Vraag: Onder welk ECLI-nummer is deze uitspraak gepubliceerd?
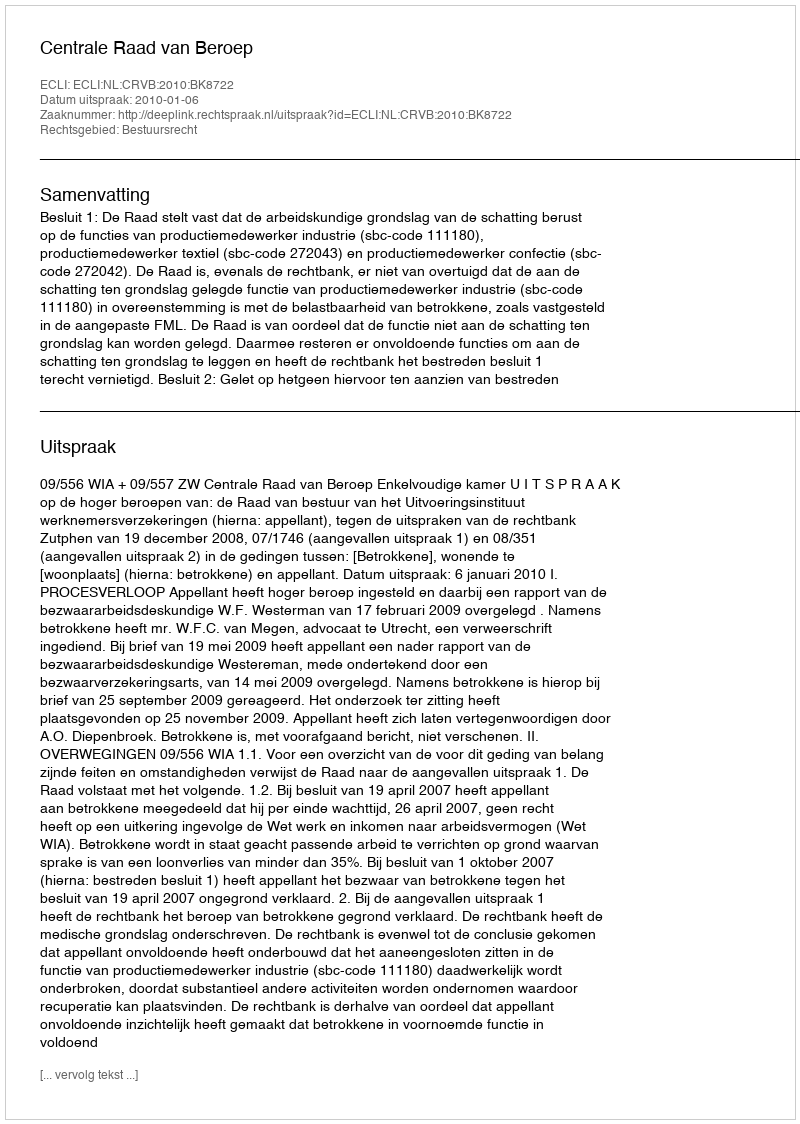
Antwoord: ECLI:NL:CRVB:2010:BK8722